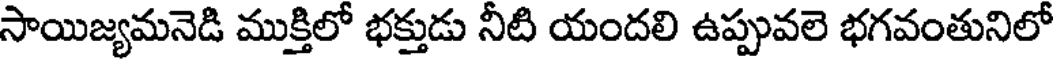
సాయిజ్యమనెడి ముక్తిలో భక్తుడు నీటి యందలి ఉప్పువలె భగవంతునిలో